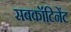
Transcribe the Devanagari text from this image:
सबकॉटिनेंट